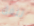
ننفق